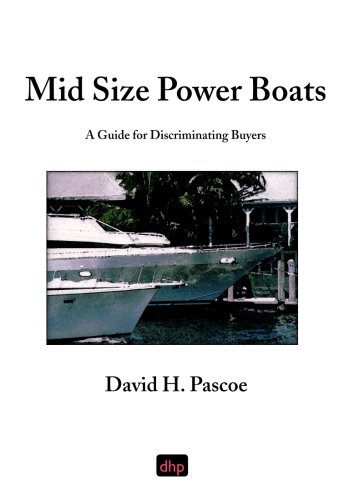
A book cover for Mid Size Power Boats: A Guide for Discriminating Buyers; David H Pascoe; Engineering & Transportation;